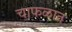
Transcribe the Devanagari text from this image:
चाफळात